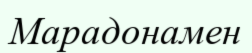
Марадонамен